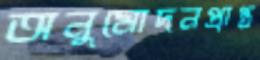
অনুমোদনপ্রাপ্ত